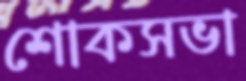
শোকসভা